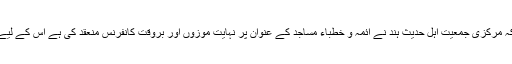
مولانا ابوطالب رحمانی کولکاتہ نے کہا کہ مرکزی جمعیت اہل حدیث ہند نے ائمہ و خطباء مساجد کے عنوان پر نہایت موزوں اور بروقت کانفرنس منعقد کی ہے اس کے لیے ہم ذمہ داران کو مبارباد پیش کرتے ہیں۔